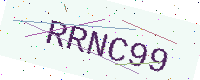
Text: RRNC99